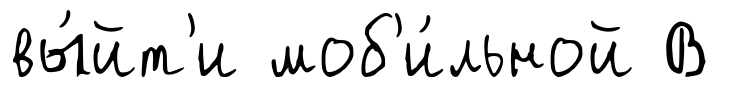
вы́йт'и моб'и́льной В